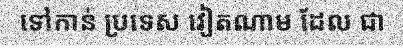
ទៅកាន់ ប្រទេស វៀតណាម ដែល ជា